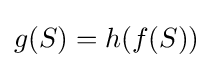
g(S)=h(f(S))